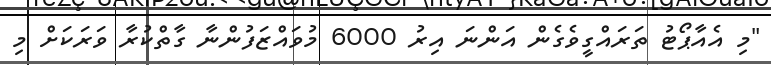
"މި އެއާޕޯޓު ތަރައްގީވެގެން އަންނަ އިރު 6000 މުވައްޒަފުންނާ ގާތްކުރާ ވަރަކަށް މި